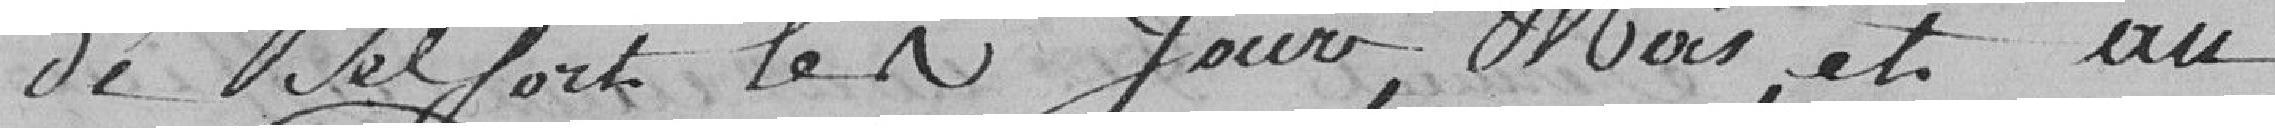
de Belfort les jours, mois, et an